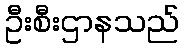
ဦးစီးဌာနသည်